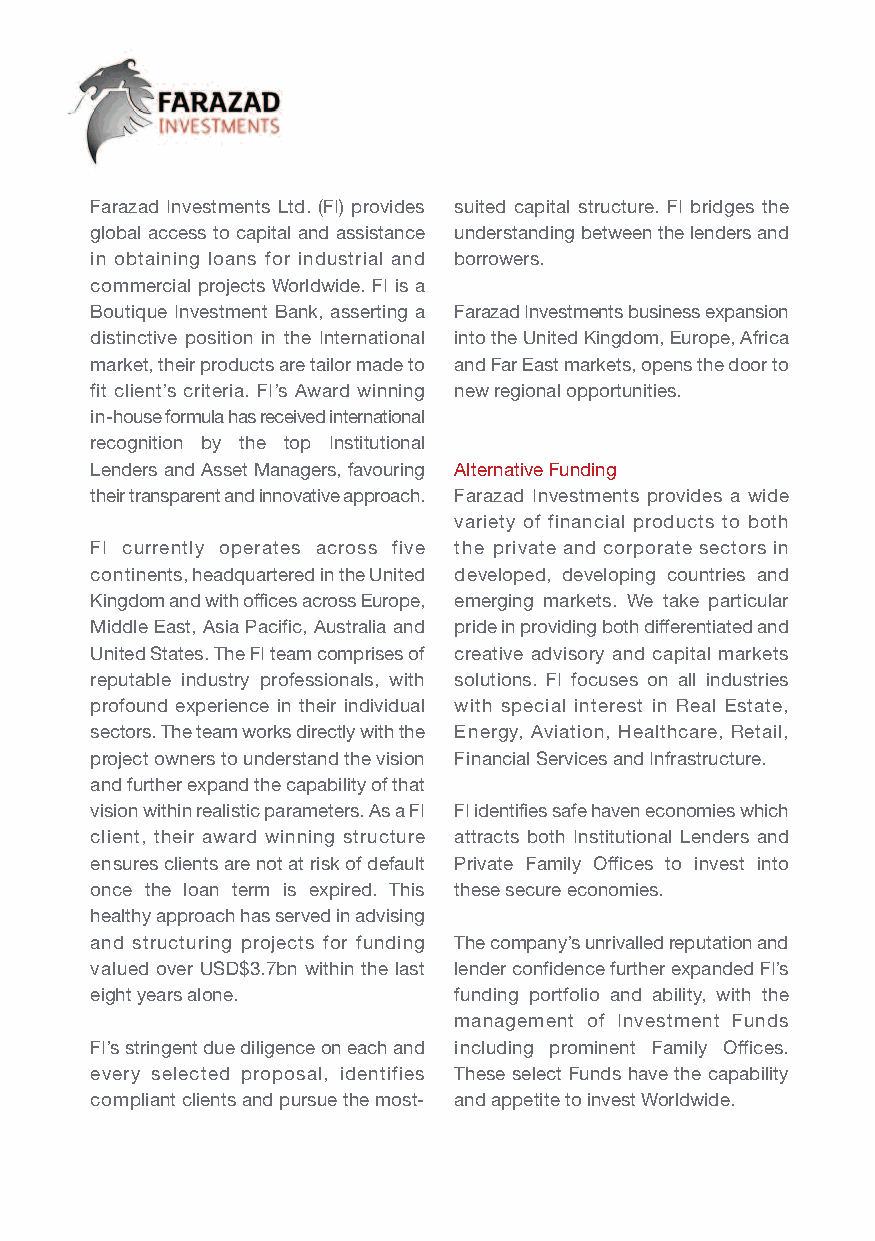
Farazad Investments Ltd. (FI) provides suited capital structure. FI bridges the
 global access to capital and assistance understanding between the lenders and
 in obtaining loans for industrial and borrowers.
 commercial projects Worldwide. FI is a
 Boutique Investment Bank, asserting a Farazad Investments business expansion
 distinctive position in the International into the United Kingdom, Europe, Africa
 market, their products are tailor made to and Far East markets, opens the door to
 fit client’s criteria. FI’s Award winning new regional opportunities.
 in-house formula has received international
 recognition by the top Institutional
 Lenders and Asset Managers, favouring Alternative Funding
 their transparent and innovative approach. Farazad Investments provides a wide
 variety of financial products to both
 FI currently operates across five the private and corporate sectors in
 continents, headquartered in the United developed, developing countries and
 Kingdom and with offices across Europe, emerging markets. We take particular
 Middle East, Asia Pacific, Australia and pride in providing both differentiated and
 United States. The FI team comprises of creative advisory and capital markets
 reputable industry professionals, with solutions. FI focuses on all industries
 profound experience in their individual with special interest in Real Estate,
 sectors. The team works directly with the Energy, Aviation, Healthcare, Retail,
 project owners to understand the vision Financial Services and Infrastructure.
 and further expand the capability of that
 vision within realistic parameters. As a FI FI identifies safe haven economies which
 client, their award winning structure attracts both Institutional Lenders and
 ensures clients are not at risk of default Private Family Offices to invest into
 once the loan term is expired. This these secure economies.
 healthy approach has served in advising
 and structuring projects for funding The company’s unrivalled reputation and
 valued over USD$3.7bn within the last lender confidence further expanded FI’s
 eight years alone.      funding portfolio and ability, with the
 management of Investment Funds
 FI’s stringent due diligence on each and including prominent Family Offices.
 every selected proposal, identifies These select Funds have the capability
 compliant clients and pursue the most- and appetite to invest Worldwide.